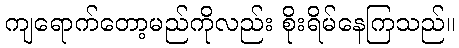
ကျရောက်တော့မည်ကိုလည်း စိုးရိမ်နေကြသည်။